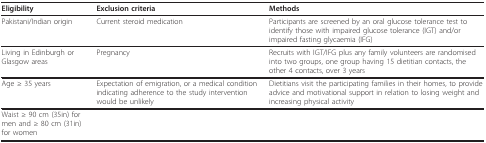
<table><thead><tr><td><b>Eligibility</b></td><td><b>Exclusion criteria</b></td><td><b>Methods</b></td></tr></thead><tbody><tr><td>Pakistani/Indian origin</td><td>Current steroid medication</td><td>Participants are screened by an oral glucose tolerance test to identify those with impaired glucose tolerance (IGT) and/or impaired fasting glycaemia (IFG)</td></tr><tr><td>Living in Edinburgh or Glasgow areas</td><td>Pregnancy</td><td>Recruits with IGT/IFG plus any family volunteers are randomised into two groups, one group having 15 dietitian contacts, the other 4 contacts, over 3 years</td></tr><tr><td>Age ≥ 35 years</td><td>Expectation of emigration, or a medical condition indicating adherence to the study intervention would be unlikely</td><td>Dietitians visit the participating families in their homes, to provide advice and motivational support in relation to losing weight and increasing physical activity</td></tr><tr><td>Waist ≥ 90 cm (35in) for men and ≥ 80 cm (31in) for women</td><td></td><td></td></tr></tbody></table>